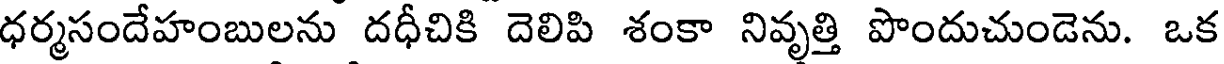
ధర్మసందేహంబులను దధీచికి దెలిపి శంకా నివృత్తి పొందుచుండెను. ఒక